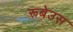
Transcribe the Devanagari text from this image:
रूबेउस